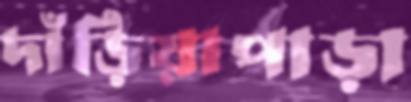
দাঁড়িয়াপাড়া